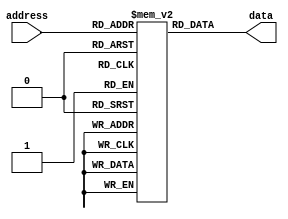
module PROM (
    input wire [7:0] address,
    output reg [7:0] data
);

reg [7:0] memory [0:255];

always @ (address)
    data = memory[address];

// Programming the memory blocks with desired data values
initial begin
    memory[0] = 8'hFF;
    memory[1] = 8'hAA;
    // Additional memory block programming goes here
    // ...
end

endmodule